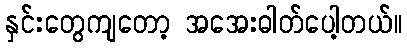
နှင်းတွေကျတော့ အအေးဓါတ်ပေါ့တယ်။